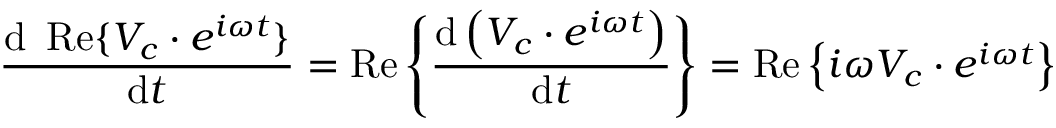
{ \frac { \mathrm { d } \ \operatorname { R e } \{ V _ { c } \cdot e ^ { i \omega t } \} } { \mathrm { d } t } } = \operatorname { R e } \left\{ { \frac { \mathrm { d } \left( V _ { c } \cdot e ^ { i \omega t } \right) } { \mathrm { d } t } } \right\} = \operatorname { R e } \left\{ i \omega V _ { c } \cdot e ^ { i \omega t } \right\}